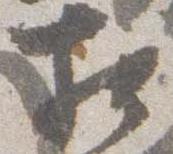
相